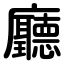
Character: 廳